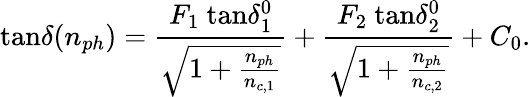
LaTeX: \mathrm{tan}\delta(n_{ph})=\frac{F_{1}\ \mathrm{tan}\delta_{1}^{0}}{\sqrt{1+\frac{n_{ph}}{n_{c,1}}}}+\frac{F_{2}\ \mathrm{tan}\delta_{2}^{0}}{\sqrt{1+\frac{n_{ph}}{n_{c,2}}}}+C_{0}.